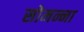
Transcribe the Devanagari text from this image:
सोमन्ना